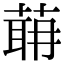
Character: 𦶈